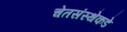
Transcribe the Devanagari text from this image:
चेतसंस्थेकडे